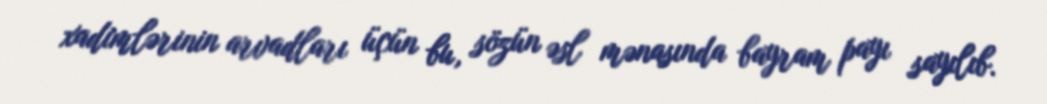
xadimlərinin arvadları üçün bu, sözün əsl mənasında bayram payı sayılıb.